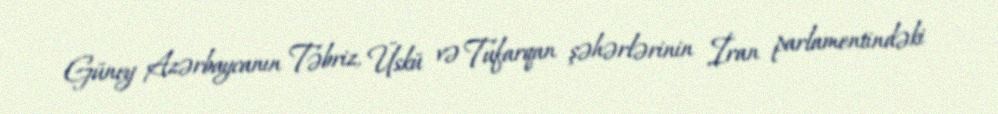
Güney Azərbaycanın Təbriz, Üskü və Tufarqan şəhərlərinin İran parlamentindəki